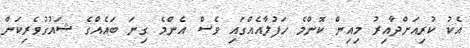
އެކު ކުރިއަށްދާއިރު މިއިން ކޮންމެ ހަފުލާއެއްގައި ވެސް އެންމެ ގިނަ ބައެއްގެ ޝައުގުވެރިކަން